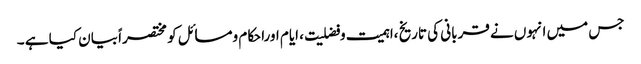
جس میں انہوں نے قربانی کی تاریخ ،اہمیت وفضلیت ، ایام اوراحکام ومسائل کو مختصراً بیان کیا ہے ۔